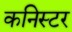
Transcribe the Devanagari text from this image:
कनिस्टर